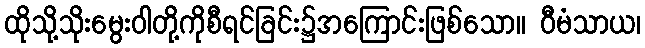
ထိုသို့သိုးမွေးဝါတို့ကိုစီရင်ခြင်း၌အကြောင်းဖြစ်သော။ ဝီမံသာယ၊